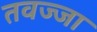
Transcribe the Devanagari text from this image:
तवज्जा